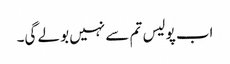
اب پولیس تم سے نہیں بولے گی۔